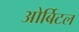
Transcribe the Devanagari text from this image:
ओर्बिटल